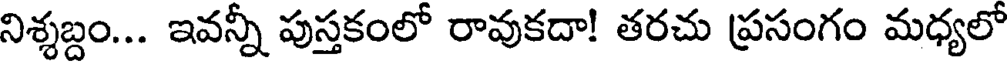
నిశ్శబ్దం... ఇవన్నీ పుస్తకంలో రావుకదా! తరచు ప్రసంగం మధ్యలో